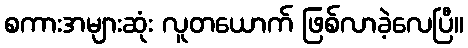
စကားအများဆုံး လူတယောက် ဖြစ်လာခဲ့လေပြီ။